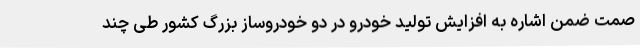
صمت ضمن اشاره به افزایش تولید خودرو در دو خودروساز بزرگ کشور طی چند